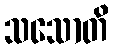
သသောတိ